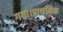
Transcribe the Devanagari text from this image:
गया।प्राथमिक